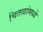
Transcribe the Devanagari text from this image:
चितळांमध्ये